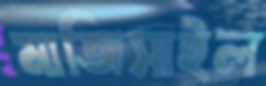
মাজিসাইল